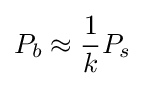
P_{b}\approx {\frac {1}{k}}P_{s}